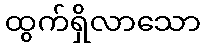
ထွက်ရှိလာသော